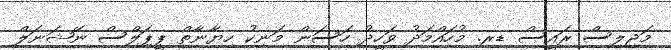
މަޖިލިސް ރައީސް ޑރ. މުހައްމަދު ވަހީދު ހަސަން މަނިކު ހިޔާނާތް ޕީޕަލްސް ނޭޝަނަލް